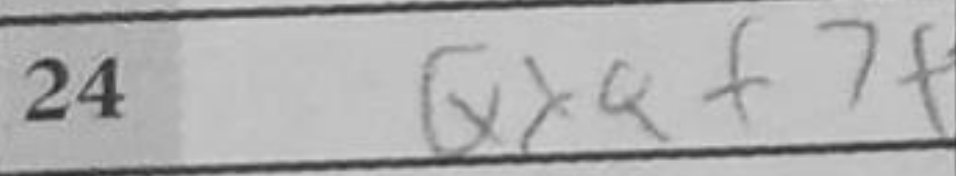
Transcription: QxQf7+